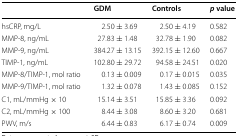
|  | GDM | Controls | p value |
 | --- | --- | --- | --- |
 | hsCRP, mg/L | 2.50 ± 3.69 | 2.50 ± 4.19 | 0.582 |
 | MMP-8, ng/mL | 27.83 ± 1.48 | 32.78 ± 1.90 | 0.082 |
 | MMP-9, ng/mL | 384.27 ± 13.15 | 392.15 ± 12.60 | 0.667 |
 | TIMP-1, ng/mL | 102.80 ± 29.72 | 94.58 ± 24.51 | 0.020 |
 | MMP-8/TIMP-1, mol ratio | 0.13 ± 0.009 | 0.17 ± 0.015 | 0.035 |
 | MMP-9/TIMP-1, mol ratio | 1.32 ± 0.078 | 1.43 ± 0.085 | 0.152 |
 | C1, mL/mmHg × 10 | 15.14 ± 3.51 | 15.85 ± 3.36 | 0.092 |
 | C2, mL/mmHg × 100 | 8.44 ± 3.08 | 8.60 ± 3.20 | 0.681 |
 | PWV, m/s | 6.44 ± 0.83 | 6.17 ± 0.74 | 0.009 |